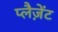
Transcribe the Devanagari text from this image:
प्लैज़ेंट